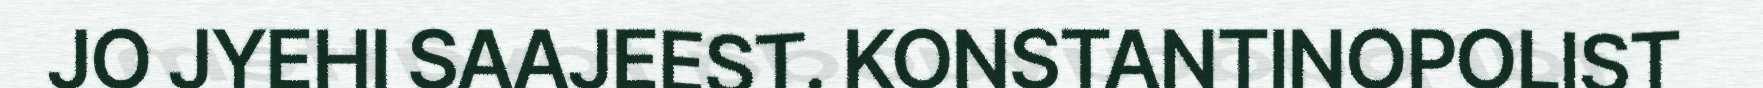
JO JYEHI SAAJEEST. KONSTANTINOPOLIST